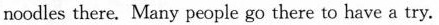
noodles there. Many people go there to have a try.